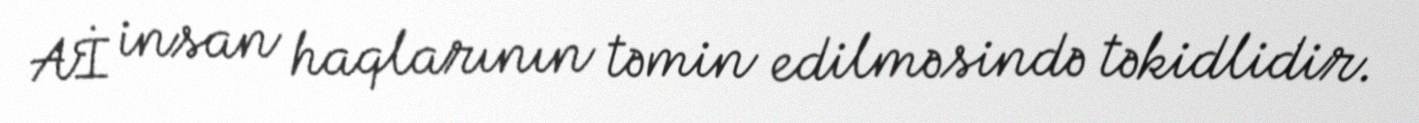
Aİ insan haqlarının təmin edilməsində təkidlidir.